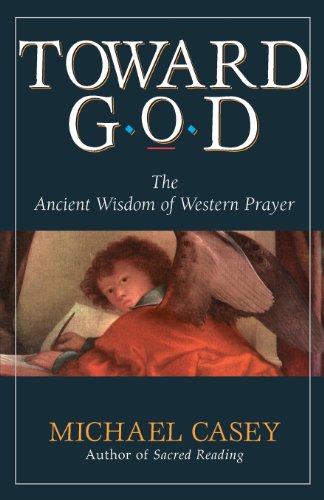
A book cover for Toward God: The Ancient Wisdom of Western Prayer; Michael Casey; Religion & Spirituality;